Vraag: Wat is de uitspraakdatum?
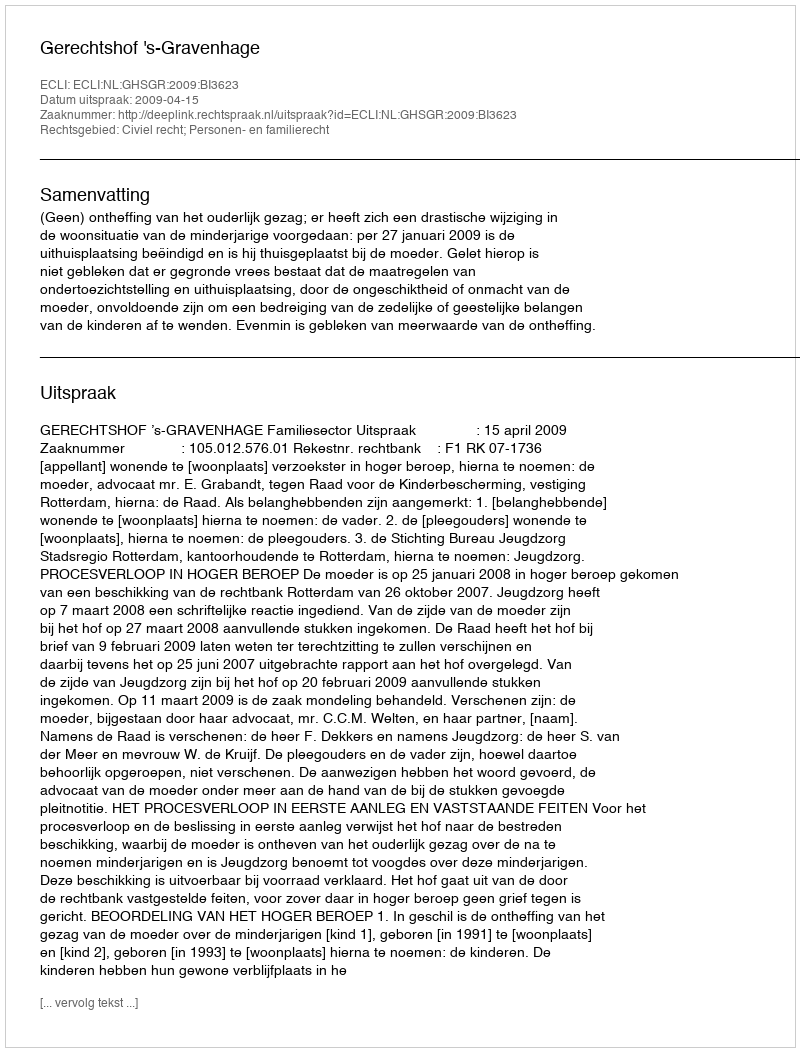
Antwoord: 2009-04-15